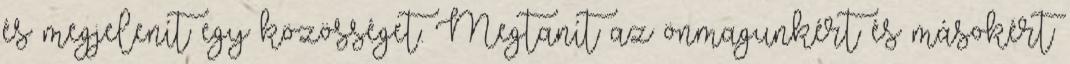
és megjelenít egy közösséget. Megtanít az önmagunkért és másokért